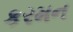
કરમન